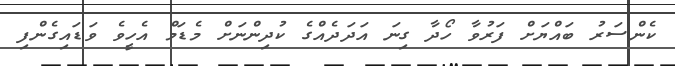
ކެންސަރު ބައްޔަށް ފަރުވާ ހޯދާ ގިނަ އަދަދެއްގެ ކުދިންނަށް މެޑަމް އެހީވެ ވަޑައިގެންފި